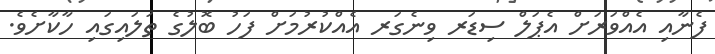
ފެނާއި އެއްވަރަށް އެޕަލް ސިޑަރ ވިނެގަރ އެއްކުރުމަށް ފަހު ބޮލުގެ ތަލައިގައި ހާކާށެވެ.